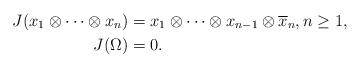
LaTeX: \begin{align*}J(x_1\otimes \cdots \otimes x_n) &=x_1\otimes \cdots \otimes x_{n-1} \otimes \overline{x}_n, n\geq1, \\ J(\Omega)&=0. \end{align*}